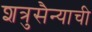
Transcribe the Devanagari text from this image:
शत्रुसैन्याची